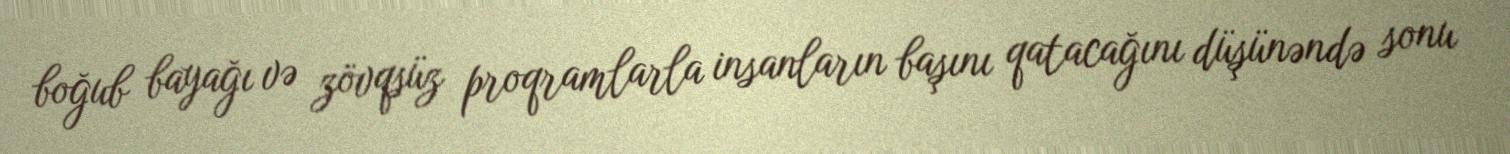
boğub bayağı və zövqsüz proqramlarla insanların başını qatacağını düşünəndə sonu